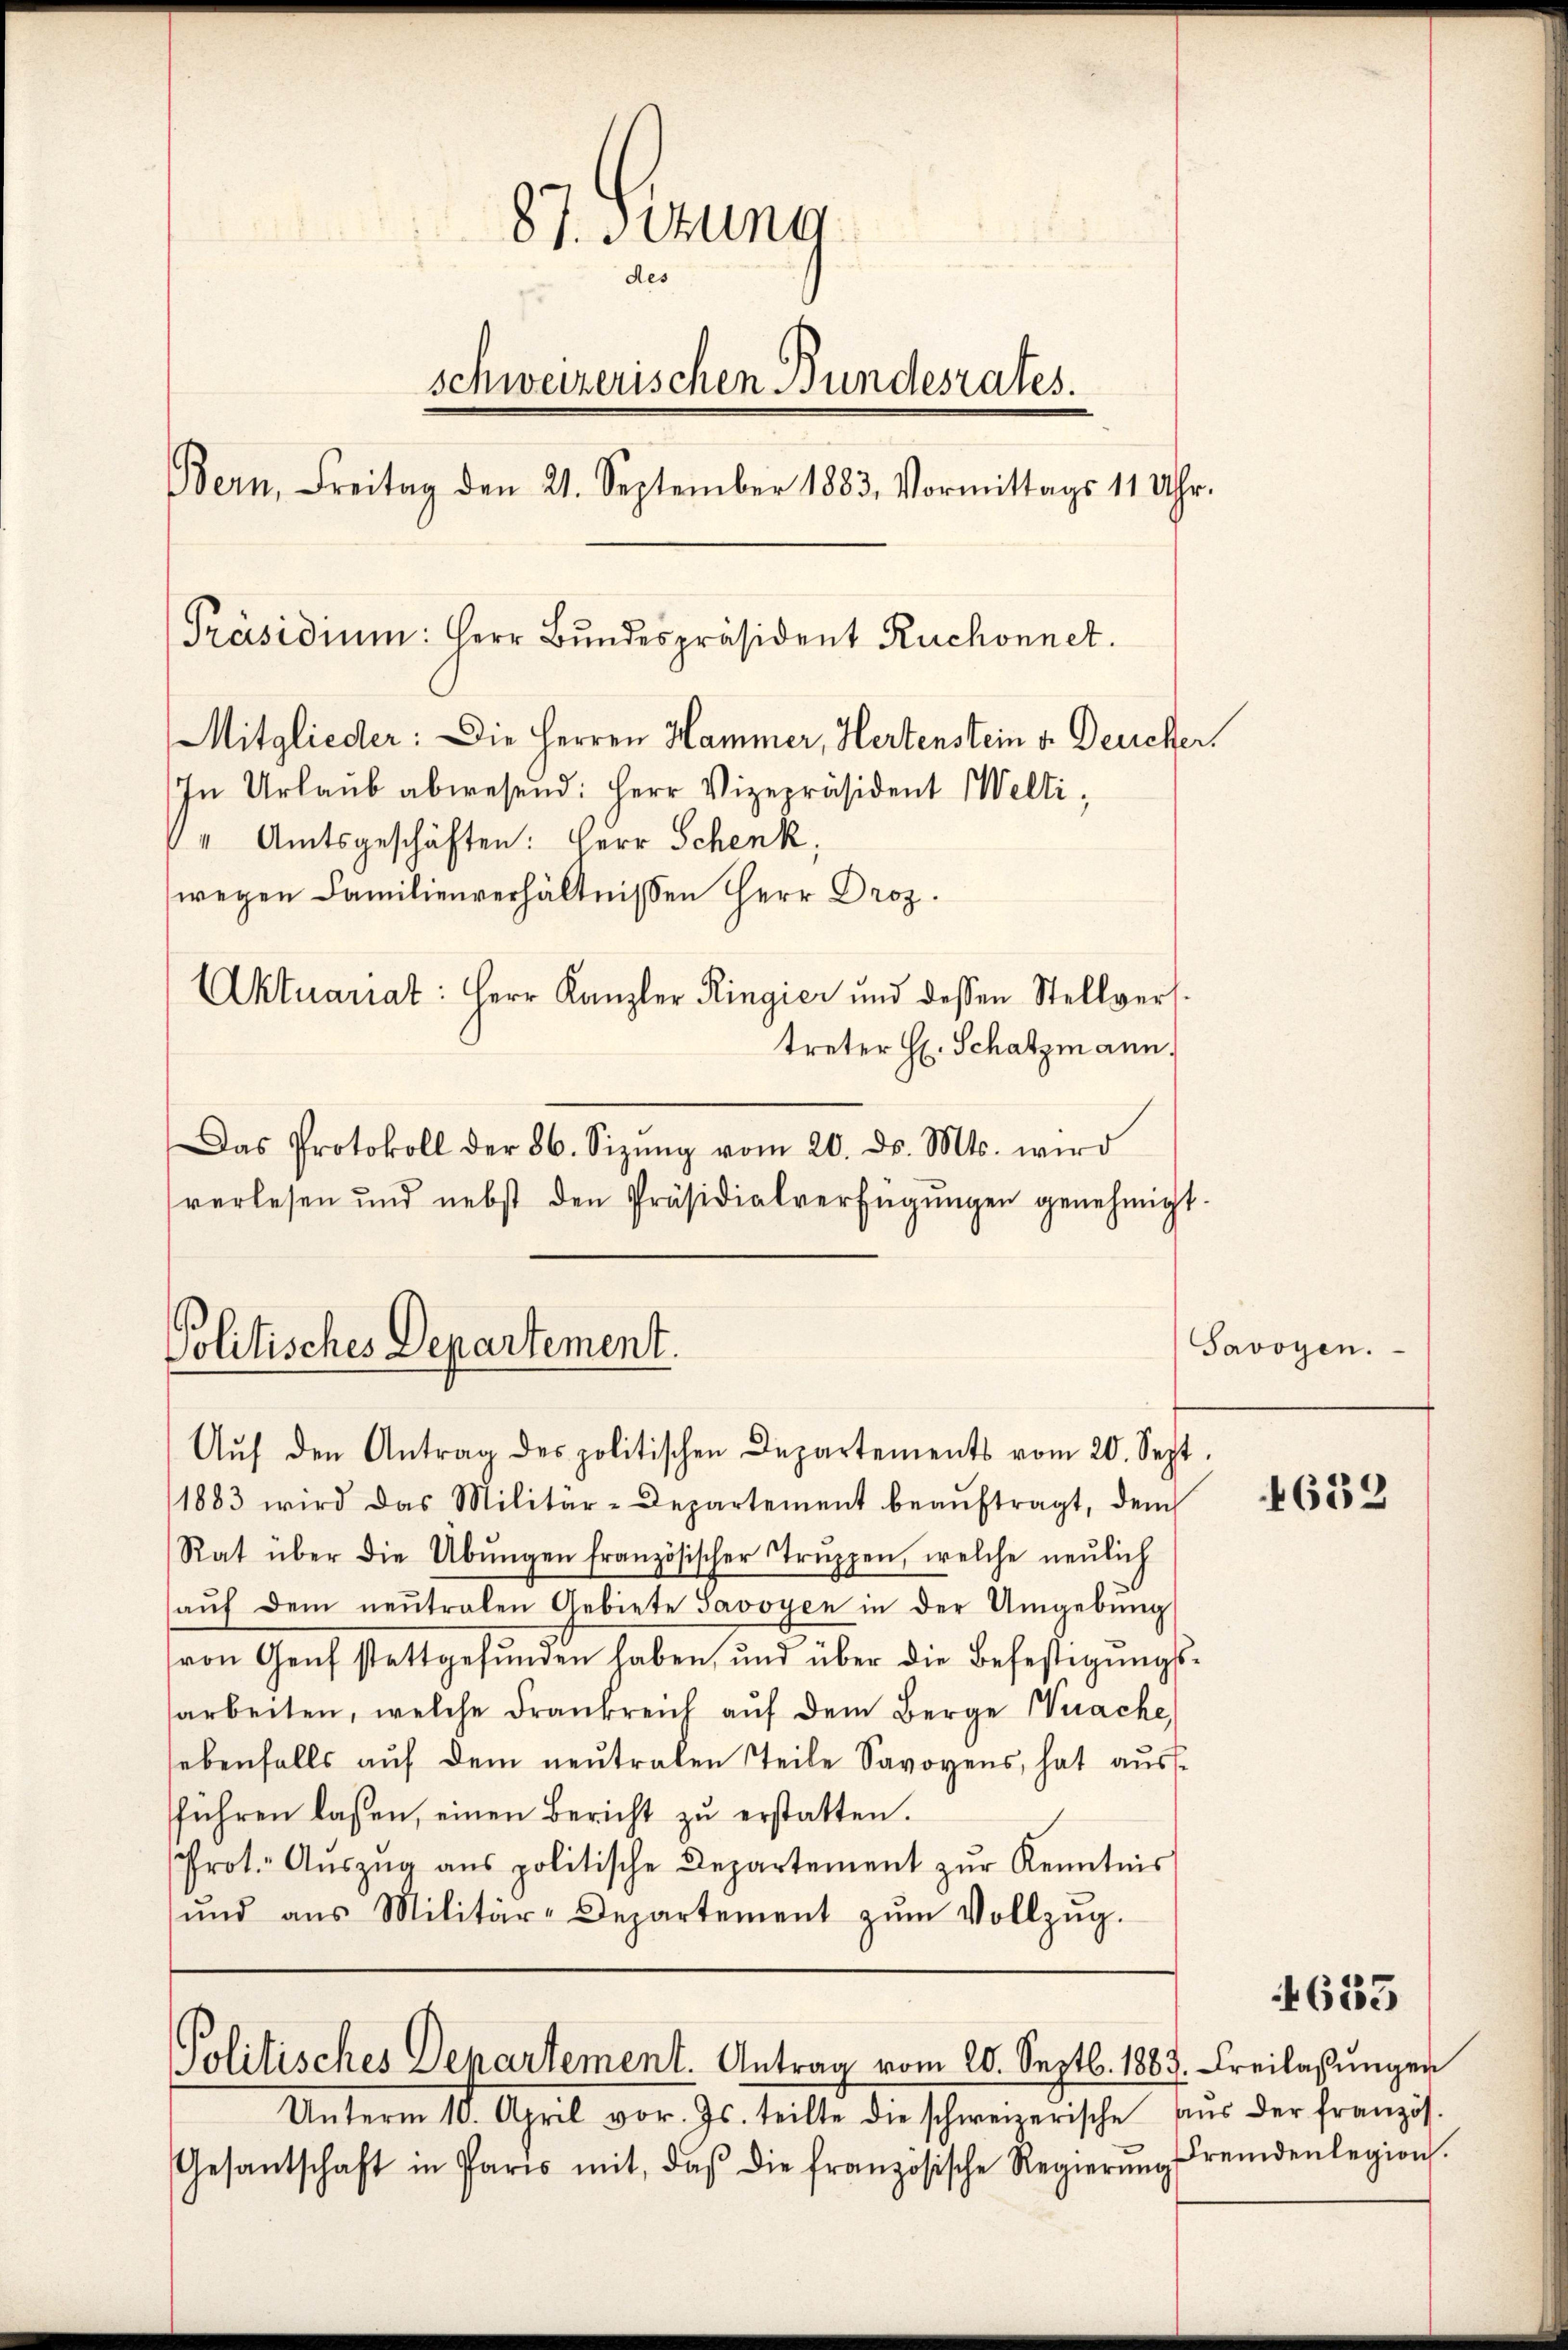
87. Situng
des
schweizerischen Bundesrates.
Bern, Freitag den 21. September 1883. Vormittags 11 Uhr.
[Präsidium: Herr Bundespräsident Ruchonnet.
Mitglieder: Die Herren Hammer, Hertenstein v. Deucher
In Urlaub abwesend: Herr Vizepräsident Welti,
" Amtsgeschäften: Herr Schenk,
wegen Familienverhältnissen Herr Droz.
Aktuariat: Herr Kanzler Ringier und dessen Stellvers.
treter H. Schatzmann.
Das Protokoll der 86. Sizŭng vom 20. d. Mts. wird
verlesen und nebst den Präsidialverfügŭngen genehmigt.

Politisches Departement.

Aŭf den Antrag des politischen Departements vom 20. Sept.
1883 wird das Militär-Departement beaŭftragt, dem
Rat über die Übŭngen französischer Trŭppen, welche neŭlich
aŭf dem neutralen Gebiete Savoyen in der Umgebŭng
von Genf stattgefunden haben, und über die Befestigungsarbeiten, welche Frankreich aŭf dem Berge nache,
sebenfalls aŭf dem neutralen Teile Savoyens, hat aŭs-
sführen lassen, einen Bericht zŭ erstatten.
Prot. Aŭszŭg ans politische Departement zŭr Kenntnis
und aus Militär-Departement zŭm Vollzŭg.

Politisches Departement. Antrag vom 20. Septb. 1883

Unterm 10. April vor. Js. teilte die schweizerische aus der französ.
Gesantschaft in Paris mit, daβ die französische Regierŭng fremdenlegion.

Savoyen.

4632

4633

Freilassungen